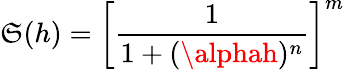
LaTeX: \mathfrak{S}(h)=\biggl[\frac{{1}}{{1+(\alphah)^{n}}}\biggr]^{m}